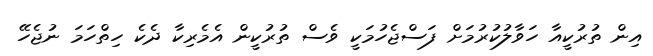
އިން ތުރުކީއާ ހަވާލުކުރުމަށް ފަސްޖެހުމަކީ ވެސް ތުރުކީން އެމެރިކާ ދެކެ ހިތްހަމަ ނުޖެހޭ